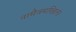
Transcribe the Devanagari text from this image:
नामैवमखिलं।